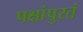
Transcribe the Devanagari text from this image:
पक्षांपुरतं